Annual report on the working of the mental hospitals in the Madras Presidency - 1912-1932
Year: 1912
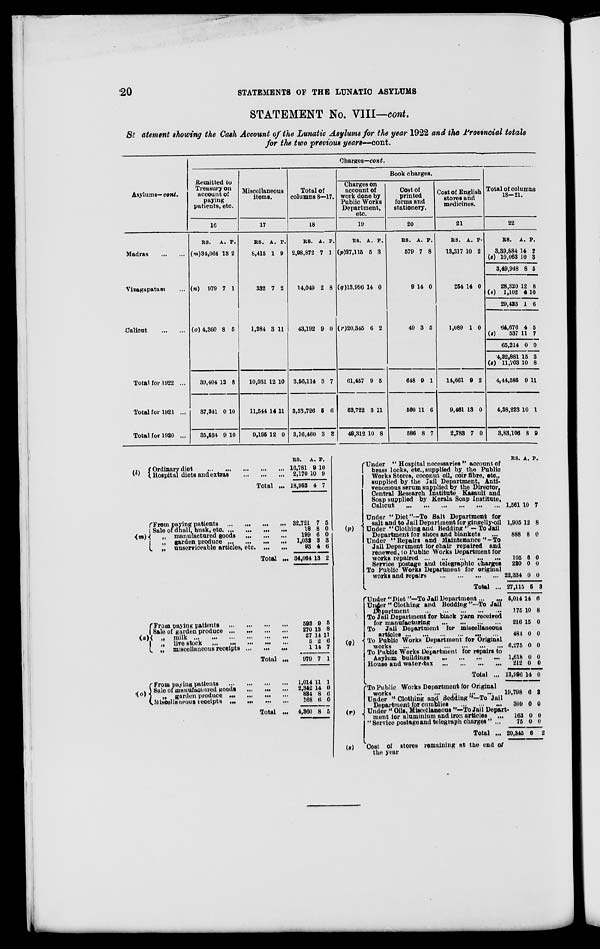
20
STATEMENTS OF THE LUNATIC ASYLUMS
STATEMENT No. VIII—cont.
Statement showing the Cash Account of the Lunatic Asylums for the year 1922 and the Provincial totals
for the two previous years—cont.
Asylums—cont.
Madras
...
...
Vizagapatam ...
Calicut
...
...
Total for 1922 ...
Total for 1921 ...
Total for 1920 ...
Charges—cont.
Remitted to
Treasury on
account of
paying
patients, etc.
10
RS.
(m)34,064
A.
13
P.
2
(n) 979 7 1
(o) 4,360 8 5
39,404
37,341
35,534
12
0
9
8
10
10
Miscellaneous
items.
17
RS.
8,415
A.
1
P.
9
332 7 2
1,284 3 11
10,031
11,544
9,195
12
14
12
10
11
0
Total of
columns 8—17.
18
RS.
2,98,872
A.
7
P.
1
1.4,049 2 8
43,192 9 0
3,56,114
3,53,726
3,16,460
3
5
3
7
6
3
Book charges.
Charges on
account of
work done by
Public Works
Department,
etc.
19
RS.
(p)27,115
A.
5
P.
3
(q)13,996 14 0
(r)20,345 6 2
61,457
63,722
49,312
9
3
10
5
11
8
Cost of
printed
forms and
stationery.
20
RS.
579
A.
7
P.
8
9 14 0
49 3 5
648
500
586
9
11
8
1
6
7
Cost of English
stores and
medicines.
21
RS.
13,317
A.
10
P.
2
264 14 0
1,089 1 0
14,661
9,461
2,783
9
13
7
2
0
0
Total of columns
18—21.
22
RS.
3,39,884
(s) 10,063
3,49,948
28,320
(s)
1,102
29,423
64,676
(s)
537
65,214
4,82,881
(s)11,703
4,44,585
4,38,223
3,83,106
A.
14
10
8
12
4
1
4
11
0
15
10
9
10
8
P.
2
3
5
8
10
6
5
7
0
3
8
11
1
9
(l)
Ordinary diet
...
...
...
...
...
...
Hospital diets and extras ... ... ...
Total ...
(m)
From paying patients
...
...
...
...
Sale of dhall, husk, etc
...
...
...
...
„ manufactured goods ... ... ...
„
garden produce
...
...
...
...
„
unserviceable articles, etc
...
...
Total ...
(n)
From paying patients
...
...
...
...
Sale of garden produce
...
...
...
...
„
milk ... ... ... ... ... ...
„
live stock ... ... ... ... ...
„
miscellaneous receipts ... ... ...
Total ...
(o)
From paying patients
...
...
...
...
Sale of manufactured goods ... ... ...
„
garden produce
...
...
...
...
Miscellaneous receipts
...
...
...
...
Total ...
RS.
16,781
2,170
18,952
32,721
18
199
1,032
93
34,064
593
270
27
5
1
979
1,014
2,342
884
168
4,360
A.
9
10
4
7
8
6
3
4
13
9
13
14
2
14
7
11
14
8
6
8
P.
10
9
7
5
0
0
3
6
2
5
8
11
6
7
1
1
0
6 0
5
(p)
(q)
(r)
(s)
Under " Hospital necessaries " account of
brass locks, etc., supplied by the Public
Works Stores, coconut oil, coir fibre, etc.,
supplied by the Jail Department, Anti-
veuomous serum supplied by the Director,
Central Research Institute Kasauli and
Soap supplied by Kerala Soap Institute,
Calicut
...
...
...
...
...
...
Under "Diet "—To Salt Department for
salt and to Jail Department for gingelly-oil
Under "Clothing and Bedding"—To Jail
Department for shoes and blankets ...
Under " Repairs and Maintenance "-To
Jail Department for chair repaired and
renewed, to Public Works Department for
works repaired
...
...
...
...
...
Service postage and telegraphic charges
To Public Works Department for original
works and repairs
...
...
...
...
Total ...
Under "Diet "—To Jail Department ... ...
Under"Clothing and Bedding"—To Jail
Department
...
...
...
...
...
To Jail Department for black yarn received
for manufacturing
...
...
...
...
To
Jail Department for miscellaneous
articles ... ... ... ... ... ...
To Public Works Department for Original
works
.. ... ... ... ... ... ...
To Public Works Department for repairs to
Asylum buildings ... ... ... ...
House and water-tax
...
...
...
...
Total ...
To Public Works Department for Original
works
...
...
...
...
...
Under "Clothing and Bedding "—To Jail
Department for cumblies ... ... ... ...
Under " Oils, Miscellaneous "—To Jail Depart
ment for aluminium and iron articles
...
" Service postage and telegraph charges " ...
Total ...
"Cost of stores remaining at the end of
the year
RS.
1,561
1,905
888
105
220
22,334
27,115
5,014
175
216
484
6,275
1,618
212
13,996
19,798
309
163
75
20,345
A.
10
12
8
6
0
0
5
14
10
15
0
0
0
0
14
6
0
0
0
6
P.
7
8
0
0
0
0
3
6
8
0
0
0
0
0
0
2
0
0
0
2